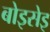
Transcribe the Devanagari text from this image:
बोइसेइ